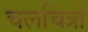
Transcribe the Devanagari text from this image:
चलचित्रो